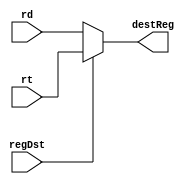
`timescale 1ns / 1ps
module regDst_mux(
        input[4:0] rt,
        input[4:0] rd,
        input regDst,
        output reg[4:0] destReg
    );
    always@(*)begin
        if(!regDst)begin
            destReg <= rd;
        end
        else begin
            destReg <= rt;
        end
    end
    
    
endmodule